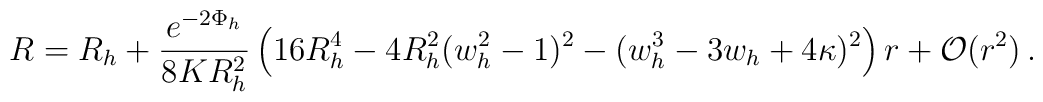
R = R_h + \frac{e^{-2\Phi_h}}{8 K R_h^2}\left( 16 R_h^4 - 4 R_h^2(w_h^2-1)^2- (w_h^3-3w_h+4\kappa)^2 \right) r+ {\cal O}(r^2)\,.